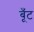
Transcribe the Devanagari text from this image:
बूँट